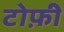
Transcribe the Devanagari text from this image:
टोफ़ी